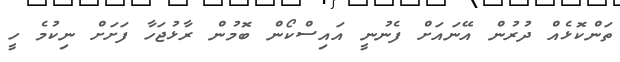
ތަންކޮޅެއް ދުރުން އޭނައަށް ފެނުނީ އައިސްކޯން ބޮމުން ރާޅުޖަހާ ފަށަށް ނިކުމެ ހީ